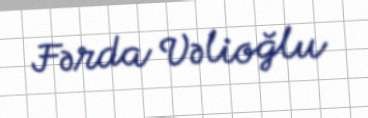
Fərda Vəlioğlu